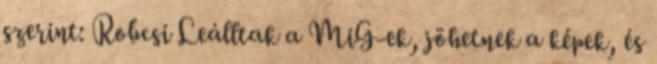
szerint: Robcsi Leálltak a MiG-ek, jöhetnek a képek, és